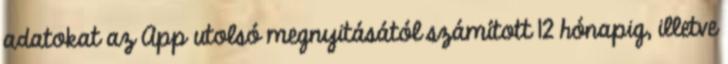
adatokat az App utolsó megnyitásától számított 12 hónapig, illetve